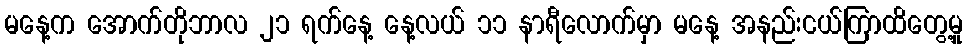
မနေ့က အောက်တိုဘာလ ၂၁ ရက်နေ့ နေ့လယ် ၁၁ နာရီလောက်မှာ မနေ့ အနည်းငယ်ကြာထိတွေ့မှု